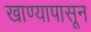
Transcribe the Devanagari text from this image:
खाण्यापासून